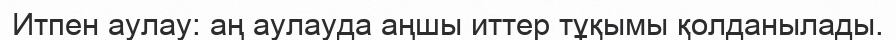
Итпен аулау: аң аулауда аңшы иттер тұқымы қолданылады.